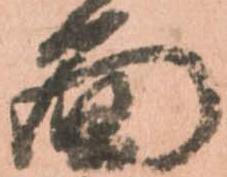
面